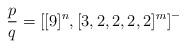
LaTeX: \begin{align*}\frac{p}{q}=\left[[9]^n,[3,2,2,2,2]^m\right]^-\end{align*}